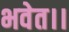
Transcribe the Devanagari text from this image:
भवेत।।